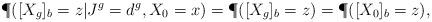
LaTeX: \begin{align*}\P([X_g]_b=z|J^g=d^g,X_0=x)=\P([X_g]_b=z)=\P([X_0]_b=z),\end{align*}